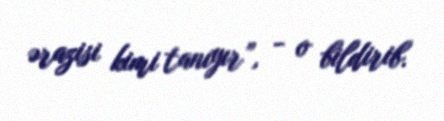
ərazisi kimi tanıyır”, - o bildirib.